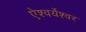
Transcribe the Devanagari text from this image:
ऐश्वर्येश्वर